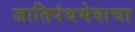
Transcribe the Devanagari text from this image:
जातिपंथभेदाचा